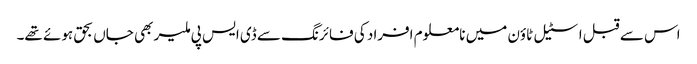
اس سے قبل اسٹیل ٹاؤن میں نامعلوم افراد کی فائرنگ سے ڈی ایس پی ملیر بھی جاں بحق ہوئے تھے۔